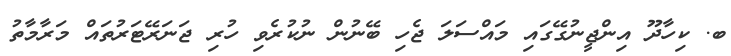
ބ. ކިހާދޫ އިންޖީނުގޭގައި މައްސަލަ ޖެހި ބޭނުން ނުކުރެވި ހުރި ޖަނަރޭޓަރުތައް މަރާމާތު